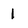
Character: 1